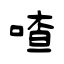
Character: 喳